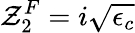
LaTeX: \mathcal{Z}_{2}^{F}=i\sqrt{\epsilon_{c}}